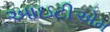
આઇટીએમ